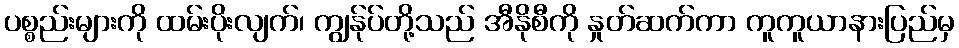
ပစ္စည်းများကို ထမ်းပိုးလျက်၊ ကျွန်ုပ်တို့သည် အီနိုစီကို နှုတ်ဆက်ကာ ကူကူယာနားပြည်မှ